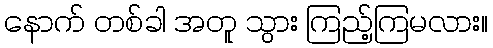
နောက် တစ်ခါ အတူ သွား ကြည့်ကြမလား။